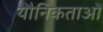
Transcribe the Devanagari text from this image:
यौनिकताओं